Vabadussoja_Ajaloo_Komitee, lk 11
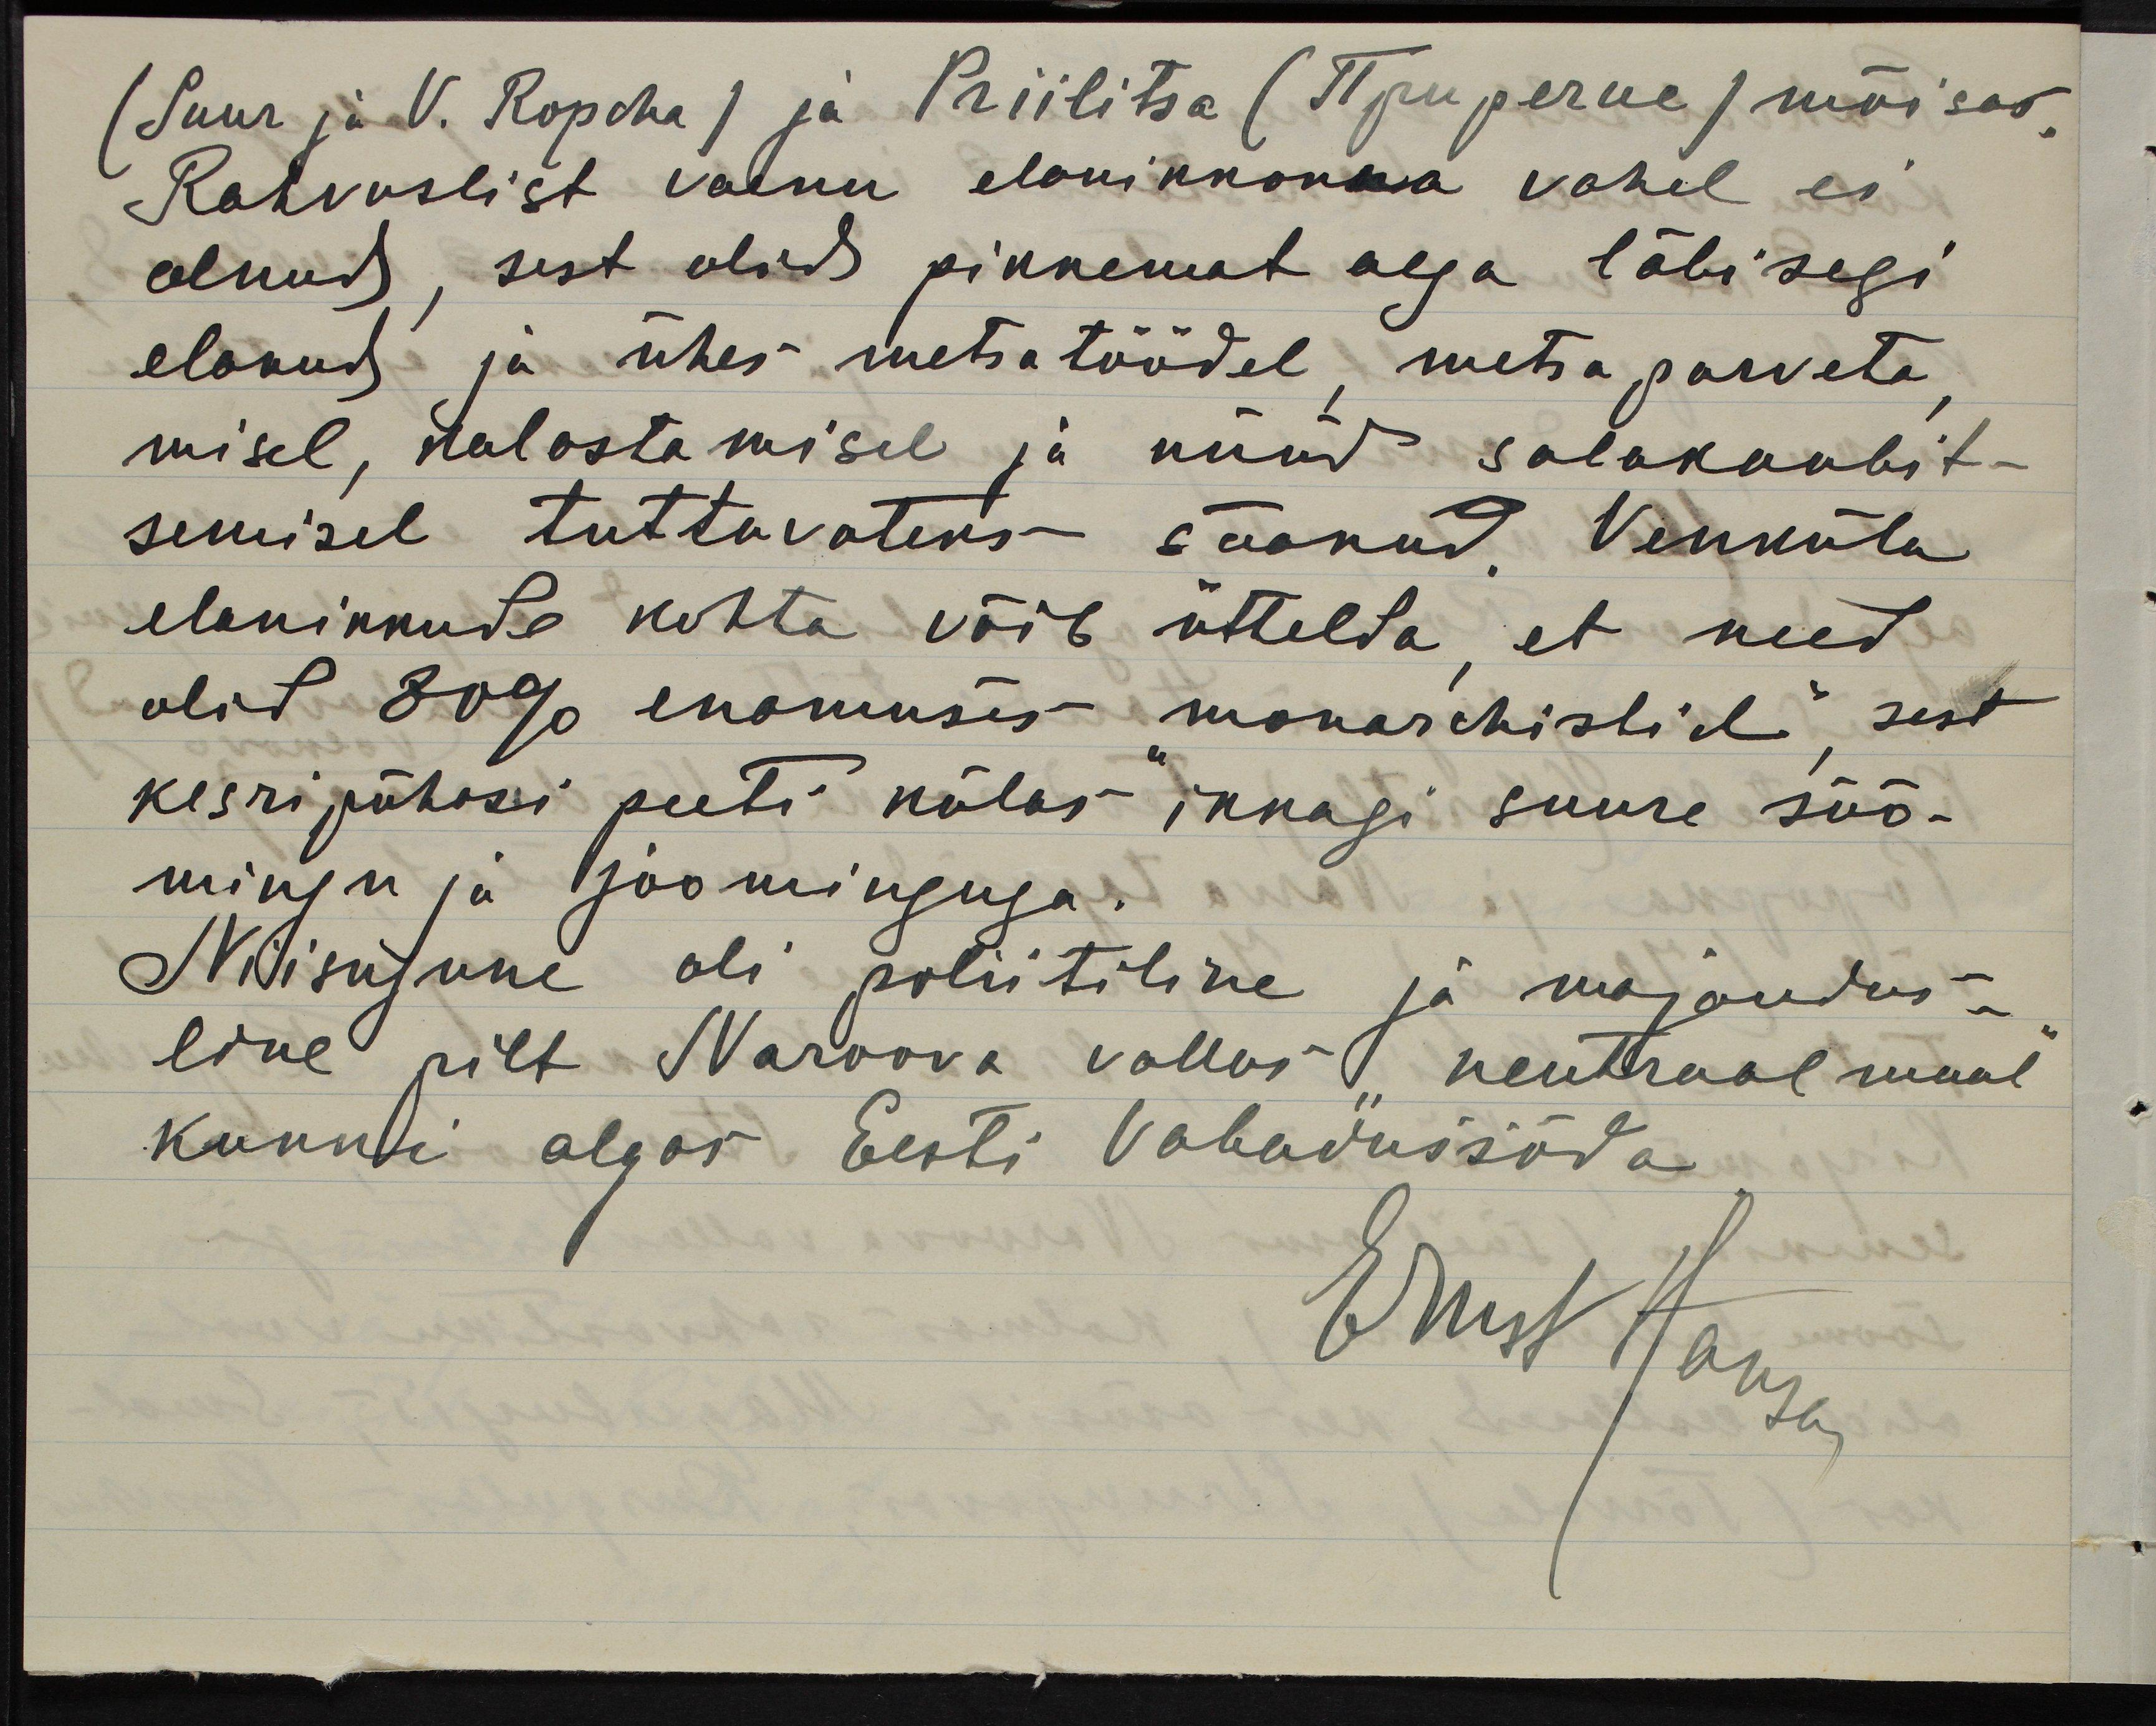
(Suur ja V. Ropcha) ja Priilitsa (Приpeчиe) mõisas.
Rahvuslist vaenu elanikkonna vahel ei
olnud, sest olid pikkemat aega läbisegi
elanud ja ühes metsatöödel, metsa parveta,
misel, kalastamisel ja nüüd salakaubit-
semisel tuttavateks saanud. Venküla
elanikkude kohta võib üttelda, et need
olid 80% enamuses "monarchistid", sest
kesri pühasi peeti külas ikkagi suure söö-
mingu ja joominguga.
Niisugune oli poliitiline ja majandus-
line pilt Naroova vallas "neutraal maal"
kunni algas Eesti Vabadussõda
Ernst Hansa